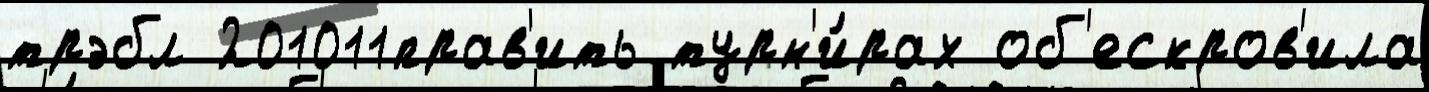
трэбл 201011прав'ить турн'и́рах об'ескров'ила